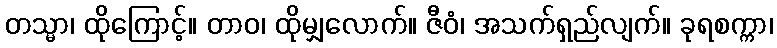
တသ္မာ၊ ထိုကြောင့်။ တာဝ၊ ထိုမျှလောက်။ ဇီဝံ၊ အသက်ရှည်လျက်။ ခုရစက္ကာ၊